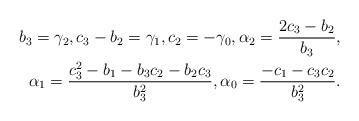
LaTeX: \begin{align*} b_3 = \gamma_2,c_3-b_2 = \gamma_1,c_2 = -\gamma_0, \alpha_2 = \frac{2c_3 - b_2}{b_3},\\ \alpha_1 = \frac{c_3^2-b_1-b_3c_2-b_2c_3}{b_3^2}, \alpha_0 = \frac{-c_1-c_3c_2}{b_3^2}.\end{align*}